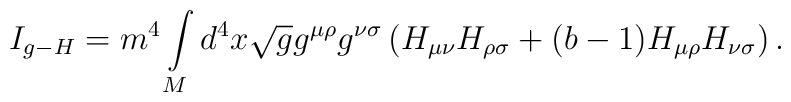
I_{g-H}=m^{4}\int\limits_{M}d^{4}x\sqrt{g}g^{\mu\rho}g^{\nu\sigma}\left(H_{\mu\nu}H_{\rho\sigma}+(b-1)H_{\mu\rho}H_{\nu\sigma}\right)  .